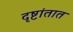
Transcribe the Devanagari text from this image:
दृष्टांतात